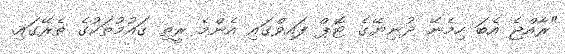
"ރާއްޖެ އެބަ ހިމެނޭ ދުނިޔޭގެ ޓޮޕް ފައިވްގައި އެންމެ ރީތި ގައުމުތަކުގެ ތެރޭގައި.